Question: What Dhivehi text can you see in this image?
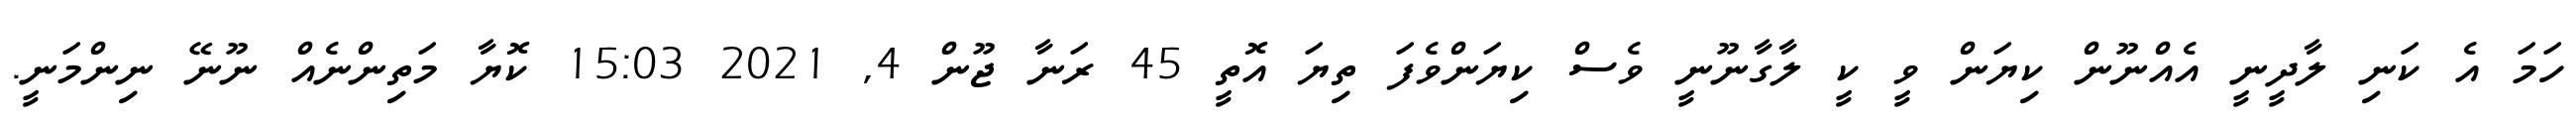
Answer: ހަމަ އެ ކަނި ލާދީނީ އެއްނޫން ކިޔަން ވީ ކީ ލާގާނޫނީ ވެސް ކިޔަންވެފަ ތިޔަ އޮތީ 45 ރަނާ ޖޫން 4, 2021 15:03 ކޮޔާ މަތިންނެއް ނޫނޭ ނިންމަނީ.